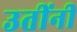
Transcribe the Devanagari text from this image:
उतींनी